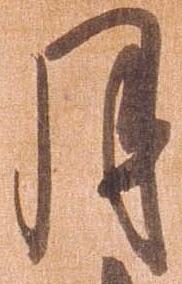
月